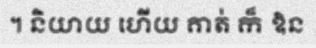
។ និយាយ ហើយ គាត់ ក៏ ឱន